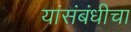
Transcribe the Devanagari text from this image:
यांसंबंधीचा